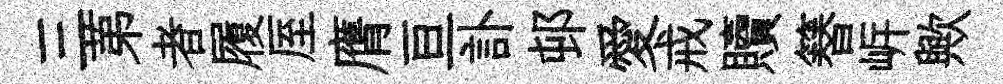
三苐者履厔膺亘訃邨愛戒贖簮㟁歟